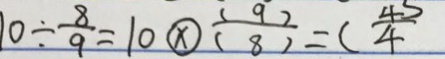
1 0 \div \frac { 8 } { 9 } = 1 0 \textcircled { \times } \frac { ( 9 ) } { ( 8 ) } = ( \frac { 4 5 } { 4 }